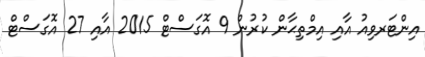
އިންޓަރވިއު އާއި އިމްތިޙާން ކުރުން 9 އޮގަސްޓް 2015 އާއި 27 އޮގަސްޓް